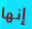
إنها